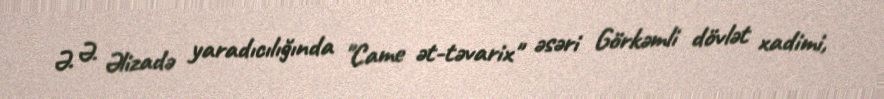
Ə. Ə. Əlizadə yaradıcılığında "Came ət-təvarix" əsəri Görkəmli dövlət xadimi,